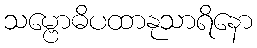
သမ္ဗောဓိပထာနုသာရိနော